Annual report of the Civil Veterinary Department, Bengal, for the year 1897-98 - 1897-1898
Year: 1897
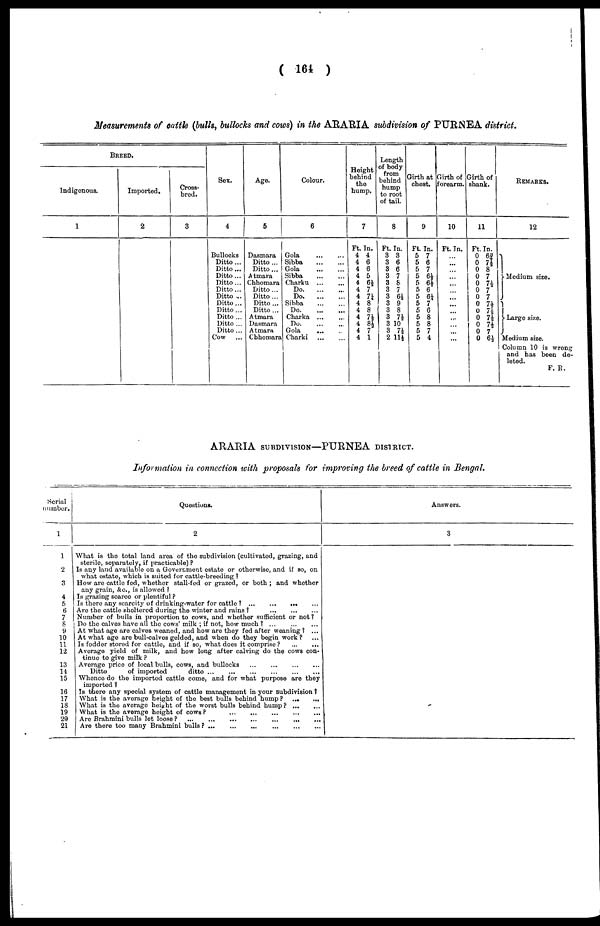
( 164 )
Measurements of cattle (bulls, bullocks and cows) in the ARARIA subdivision of PURNEA district.
BREED.
Indigenous.
1
Imported.
2
|
Cross-
bred.
3
Sox.
4
Bullocks
Ditto ...
Ditto ...
Ditto...
Ditto...
Ditto ...
Ditto ...
Ditto...
Ditto...
Ditto ...
Ditto ...
Ditto ...
Cow
Ago.
5
Dasmara
Ditto ...
Ditto ...
Atmara
Chhomara
Ditto ...
Ditto...
Ditto ...
Ditto ...
Atmara
Dasmara
Atmara
Chhomara
Colour.
6
Gola
...
...
Sibba
...
...
Gola
...
...
Sibba
...
...
Charku
...
...
Do
Do
Sibba
...
...
Do
Charka ... ...
Do
Gola
...
...
Charki
...
...
Height
behind
the
hump.
7
Ft. In.
4 4
4 6
4 6
4 5
4 6½
4 7
4 7¼
4 8
4 8
4 7½
4 8½
4 7
4 1
Length
of body
from
behind
hump
to root
of tail.
8
Ft. In.
3 3
3 6
3 6
3 7
3 8
3 7
3 6½
3 9
3 8
3 7½
3 10
3 7½
2 11½
Girth at
chest.
9
Ft. In.
5 7
5 6
5 7
5 6½
5 6½
5 6
5 6¼
5 7
5 6
5 8
5 8
5 7
5 4
Girth of
Forearm.
10
Ft. In.
...
...
...
...
...
...
...
...
...
...
...
...
...
Girth of
shank.
11
Ft. In.
0 63
0 7½
0 8
0 7
0 7½
0 7
0 7
0 7½
0 7½
0 7½
0 7½
0 7
0 6½
REMARKS.
12
Medium size.
Large size.
Medium size.
Column 10 is wrong
and has been de-
leted.
F. E.
ARARIA SUBDIVISION—PURNEA DISTRICT.
Information in connection with proposals for improving the breed of cattle in Bengal.
Serial
number.
1
2
3
4
5
6
7 8
9
10 11
12
13
11
15
16
17
18
19
29
21
Questions.
2
What is the total land area of the subdivision (cultivated, grazing, and
sterile, separately, if practicable) ?
Is any land available on a Government estate or otherwise, and if so, on
what estate, which is suited for cattle-breeding ?
How are cattle fed, whether stall-fed or grazed, or both ; and whether
any grain, &c., is allowed ?
Is grazing scarco or plentiful ?
Is there any scarcity of drinking-water for cattle ? ...
...
...
Are the cattle sheltered during the winter and rains? ... ... ...
Number of bulls in proportion to cows, and whether sufficient or not ?
Do the calves have all the cows' milk ; if not, how much ? ...
...
...
At what age are calves weaned, and how are they fed after weaning ? ...
At what age are bull-calves gelded, and when do they begin work? ...
Is fodder stored for cattle, and if so, what does it comprise ? ... ...
Average yield of milk, and how long after calving do the cows con-
tinue to give milk ?
Average price of local bulls, cows, and bullocks
Ditto
of imported
ditto ...
Whence do the imported cattle come, and for what purpose are they
imported ?
Is there any special system of cattle management in your subdivision ?
What is the average height of the best bulls behind hump ? ...
...
What is the average height of the worst bulls behind hump?
...
...
What is the average height of cows?
...
......
...
Are Brahmini bulls let loose?
...
...
...
...
...
...
Are there too many Brahmini bulls?
...
...
...
...
...
...
Answers.
3